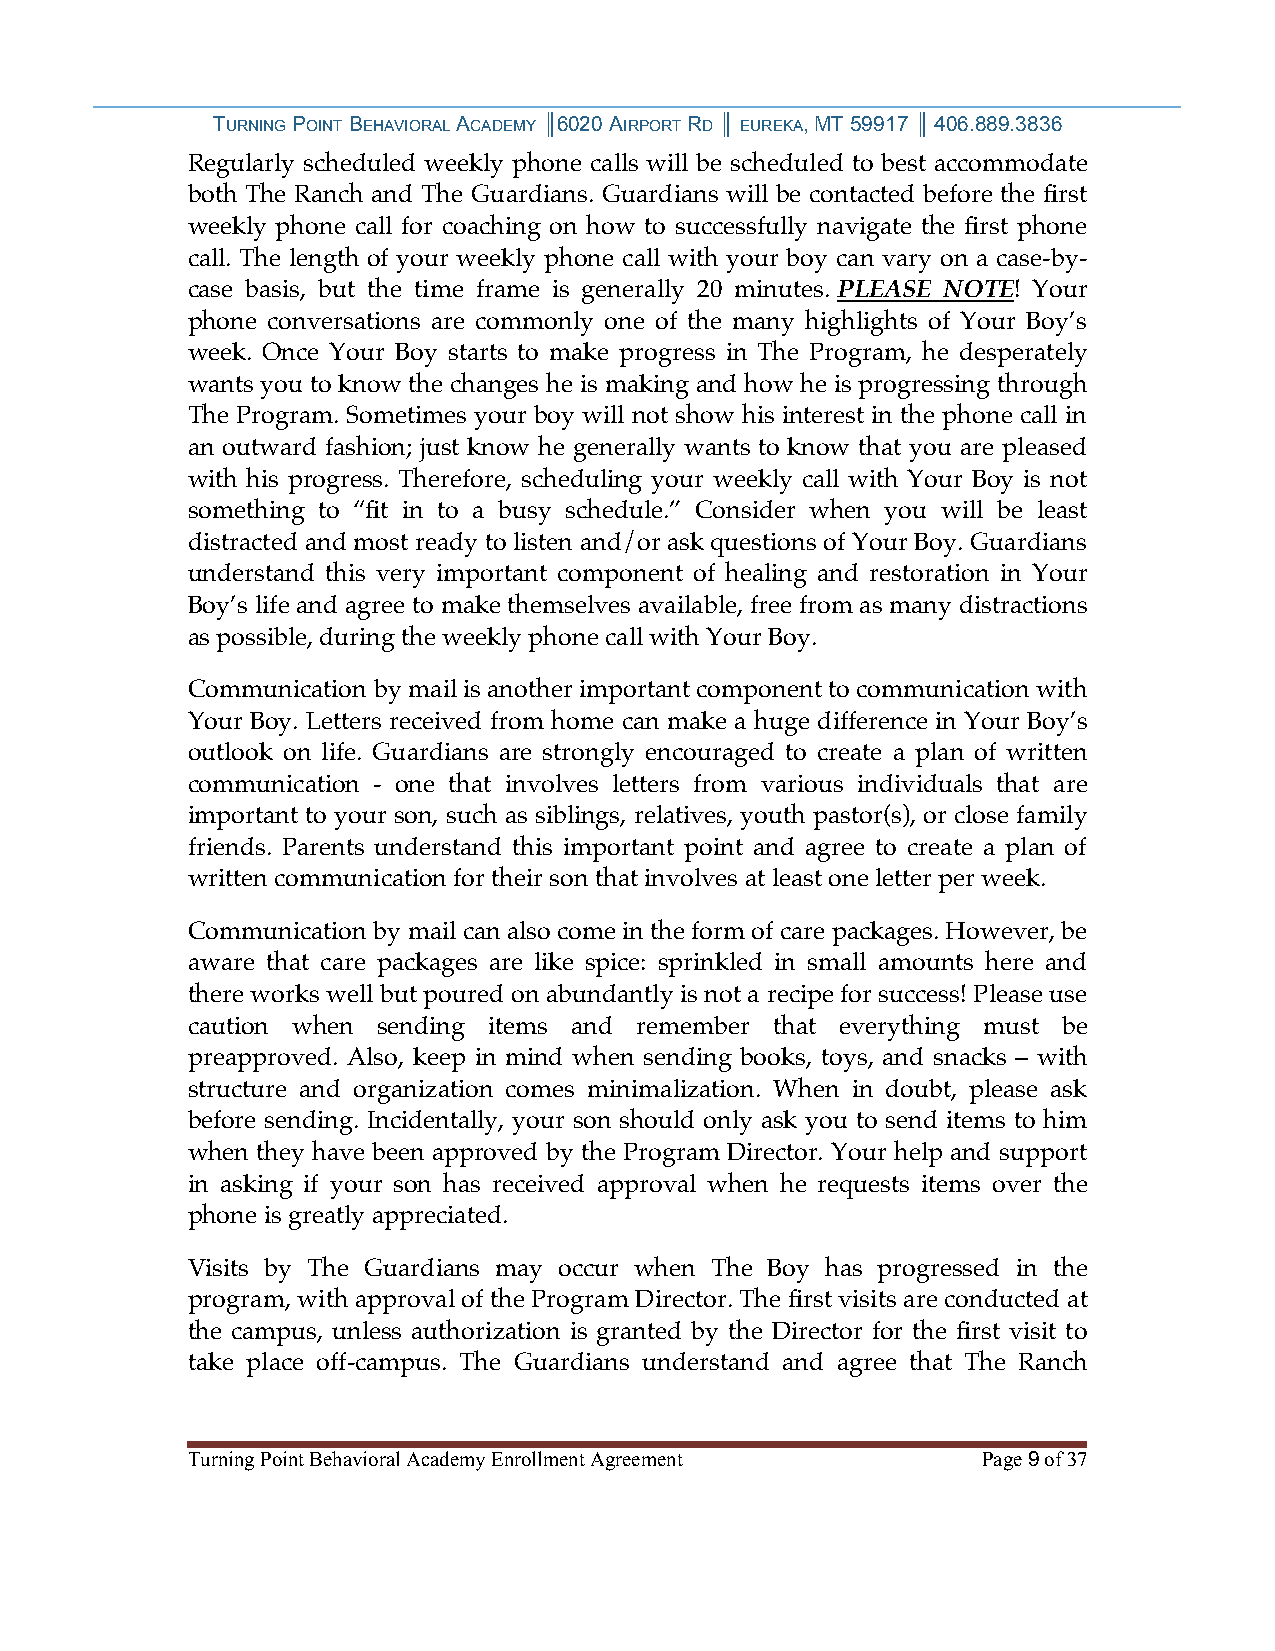
TURNING POINT BEHAVIORAL ACADEMY ║6020 AIRPORT RD ║ EUREKA, MT 59917 ║ 406.889.3836
 Regularly scheduled weekly phone calls will be scheduled to best accommodate
 both The Ranch and The Guardians. Guardians will be contacted before the first
 weekly phone call for coaching on how to successfully navigate the first phone
 call. The length of your weekly phone call with your boy can vary on a case-by-
 case basis, but the time frame is generally 20 minutes. PLEASE NOTE! Your
 phone conversations are commonly one of the many highlights of Your Boy’s
 week. Once Your Boy starts to make progress in The Program, he desperately
 wants you to know the changes he is making and how he is progressing through
 The Program. Sometimes your boy will not show his interest in the phone call in
 an outward fashion; just know he generally wants to know that you are pleased
 with his progress. Therefore, scheduling your weekly call with Your Boy is not
 something to “fit in to a busy schedule.” Consider when you will be least
 distracted and most ready to listen and/or ask questions of Your Boy. Guardians
 understand this very important component of healing and restoration in Your
 Boy’s life and agree to make themselves available, free from as many distractions
 as possible, during the weekly phone call with Your Boy.
 Communication by mail is another important component to communication with
 Your Boy. Letters received from home can make a huge difference in Your Boy’s
 outlook on life. Guardians are strongly encouraged to create a plan of written
 communication - one that involves letters from various individuals that are
 important to your son, such as siblings, relatives, youth pastor(s), or close family
 friends. Parents understand this important point and agree to create a plan of
 written communication for their son that involves at least one letter per week.
 Communication by mail can also come in the form of care packages. However, be
 aware that care packages are like spice: sprinkled in small amounts here and
 there works well but poured on abundantly is not a recipe for success! Please use
 caution when sending items and remember that everything must be
 preapproved. Also, keep in mind when sending books, toys, and snacks – with
 structure and organization comes minimalization. When in doubt, please ask
 before sending. Incidentally, your son should only ask you to send items to him
 when they have been approved by the Program Director. Your help and support
 in asking if your son has received approval when he requests items over the
 phone is greatly appreciated.
 Visits by The Guardians may occur when The Boy has progressed in the
 program, with approval of the Program Director. The first visits are conducted at
 the campus, unless authorization is granted by the Director for the first visit to
 take place off-campus. The Guardians understand and agree that The Ranch
 Turning Point Behavioral Academy Enrollment Agreement Page 9 of 37